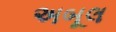
અબૂલ